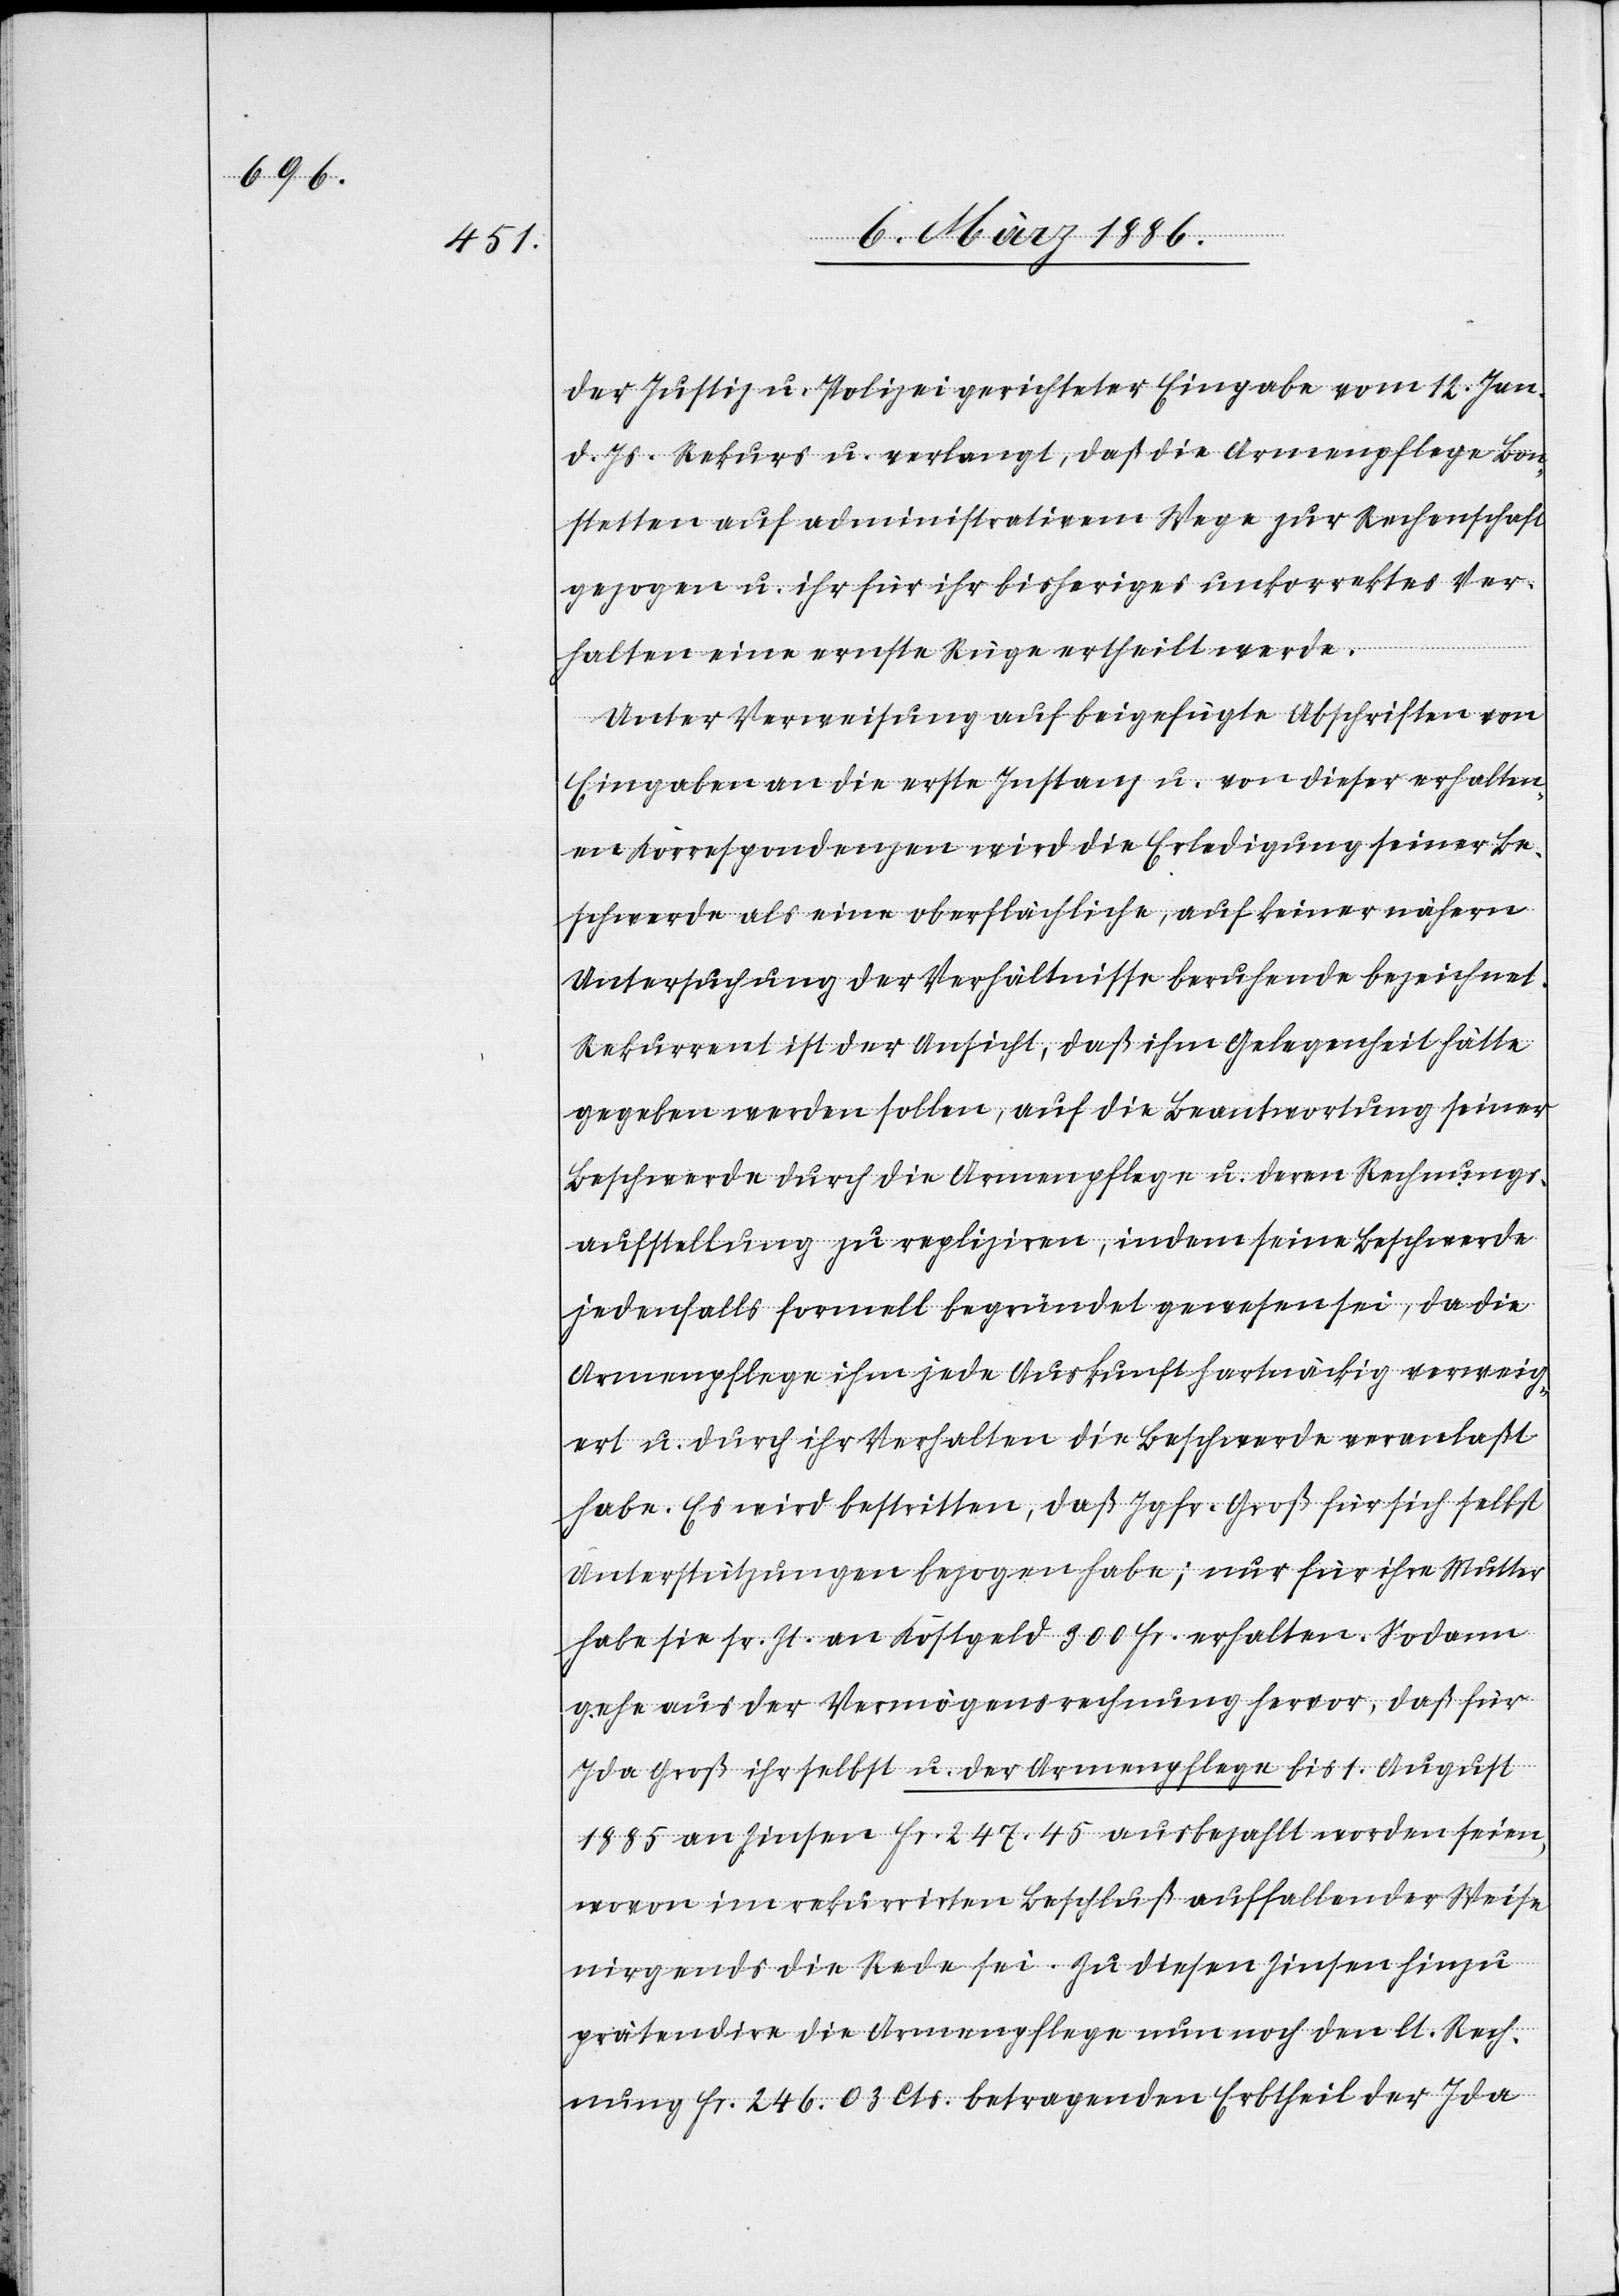
der Justiz u. Polizei gerichteter Eingabe vom 12. Januar
d. Js. Rekurs u. verlangt, daß die Armenpflege Bon¬
stetten auf administrativen Wege zur Rechenschaft
gezogen u. ihr für ihr bisheriges unkorrektes Ver¬
halten eine ernste Rüge ertheilt werde.
Unter Verweisung auf beigefügte Abschriften von
Eingabe an die erste Instanz u. von dieser erhalten¬
en Korrespondenzen wird die Erledigung seiner Be¬
schwerde als eine oberflächliche, auf keiner nähern
Untersuchung der Verhältnisse beruhende bezeichnet.
Rekurrent ist der Ansicht, daß ihm Gelegenheit hätte
gegeben werden sollen, auf die Beantwortung seiner
Beschwerde durch die Armenpflege u. deren Rechnungs¬
aufstellung zu repliziren, indem seine Beschwerde
jedenfalls formell begründet gewesen sei, da die
Armenpflege ihm jede Auskunft hartnäckig verweig¬
ert u. durch ihr Verhalten die Beschwerde veranlaßt
habe. Es wird bestritten, daß Jgfr. Groß für sich selbst
Unterstützungen bezogen habe; nur für ihre Mutter
habe sie sr. Zt. an Kostgeld 300 Fr. erhalten. Sodann
gehe aus der Vermögensrechnung hervor, daß für
Ida Groß ihr selbst u. der Armenpflege bis 1. August
1885 an Zinsen Fr. 247.45 ausbezahlt worden seien,
wovon im rekurrirten Beschluß auffallender Weise
nirgends die Rede sei. Zu diesen Zinsen hinzu
prätendire die Armenpflege nun noch den lt. Rech¬
nung Fr. 246.03 Cts. betragenden Erbtheil der Ida